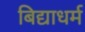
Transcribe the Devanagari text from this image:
बिद्याधर्म